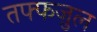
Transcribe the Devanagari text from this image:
तफ्फज़ुल